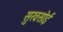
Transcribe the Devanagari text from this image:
सुखसोई